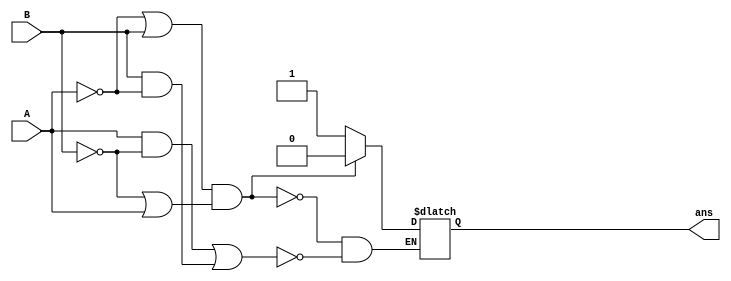
module XOR(
input  A,
input  B,
output reg ans
);
    always @(*)begin
      //pmos
       #5
       if (((A&&(~B))||((B)&&(~A)))==1)begin
       ans = 1;
       end
      //nmos  
        #3
        if ((((~A)||B)&&((~B)||A))==1)begin
        ans = 0;
        end
    end    
endmodule